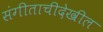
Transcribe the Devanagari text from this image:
संगीताचीदेखील